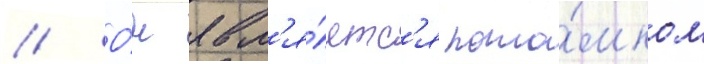
// О́н явл'я́етс'я пото́мком